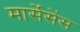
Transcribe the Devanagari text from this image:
मार्सेसेंस